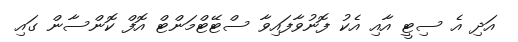
އަދި އެ ސިޓީ އާއި އެކު ފޮނުވާފައިވާ ސްޓޭޓްމަންޓް އޮފް ކޮންސާން ގައި